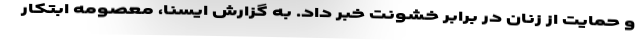
و حمایت از زنان در برابر خشونت خبر داد. به گزارش ایسنا، معصومه ابتکار